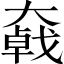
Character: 𡚄